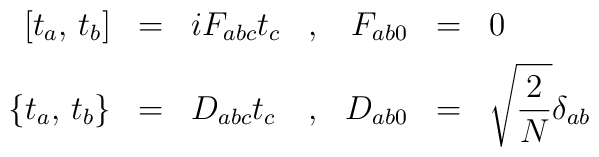
\begin{array}{rclcrcl} \displaystyle [t_a, \, t_b] &=& iF_{abc} t_c &,& F_{ab0} &=& 0\\[2mm] \displaystyle \{t_a, \, t_b\} &=& D_{abc}t_c &,& D_{ab0} &=& \displaystyle \sqrt{\frac{2}{N}} \delta_{ab} \end{array}